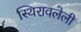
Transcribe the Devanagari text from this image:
स्थिरावलेली